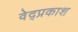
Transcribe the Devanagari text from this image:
वेद्प्रकाश